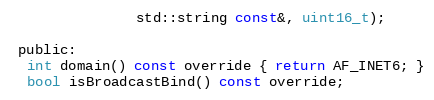
Language: C
               std::string const&, uint16_t);

 public:
  int domain() const override { return AF_INET6; }
  bool isBroadcastBind() const override;